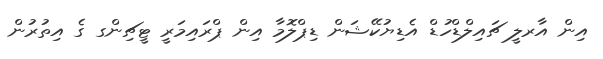
އިން އާރލީ ޗައިލްޑްހުޑް އެޑިޔުކޭޝަން ޑިޕްލޮމާ އިން ޕްރައިމަރީ ޓީޗިންގ ގެ އިތުރުން